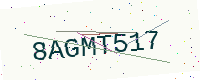
Text: 8AGMT517